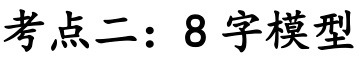
考点二：8 字模型